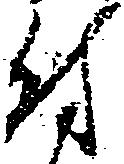
付